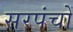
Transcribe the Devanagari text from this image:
सरपंचों